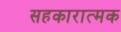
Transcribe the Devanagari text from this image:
सहकारात्मक